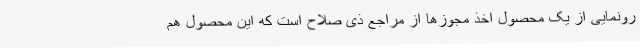
رونمایی از یک محصول اخذ مجوزها از مراجع ذی صلاح است که این محصول هم